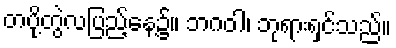
တပို့တွဲလပြည့်နေ့၌။ ဘဂဝါ၊ ဘုရားရှင်သည်။